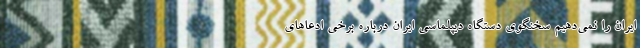
ایران را نمی‌دهیم سخنگوی دستگاه دیپلماسی ایران درباره برخی ادعاهای